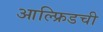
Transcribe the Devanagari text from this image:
आल्फ्रिडची